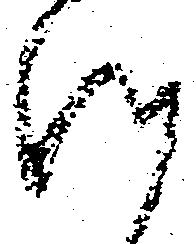
沙